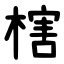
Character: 㮫